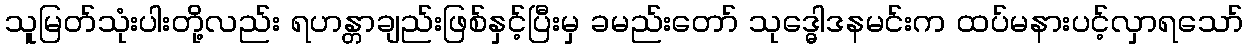
သူမြတ်သုံးပါးတို့လည်း ရဟန္တာချည်းဖြစ်နှင့်ပြီးမှ ခမည်းတော် သုဒ္ဓေါဒနမင်းက ထပ်မနားပင့်လှာရသော်